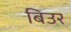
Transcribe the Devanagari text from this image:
बिउर